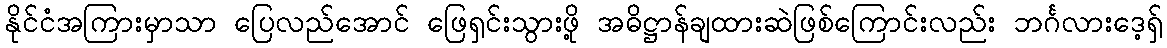
နိုင်ငံအကြားမှာသာ ပြေလည်အောင် ဖြေရှင်းသွားဖို့ အဓိဋ္ဌာန်ချထားဆဲဖြစ်ကြောင်းလည်း ဘင်္ဂလားဒေ့ရှ်